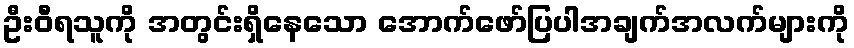
ဦးဝီရသူကို အတွင်းရှိနေသော အောက်ဖော်ပြပါအချက်အလက်များကို